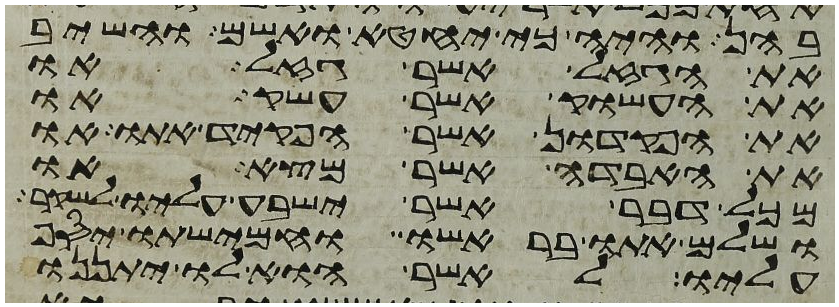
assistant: בהן והיה כי יחטא ואשם והשיב
את הגזל אשר גזל או
את העשוק אשר עשק או
את הפקדון אשר הפקד אתו או
את האבדה אשר מצא או
מכל דבר אשר ישבע עליו לשקר
ושלם אתו בראשו וחמישתו יסף
עליו לאשר הוא לו יתננו